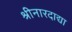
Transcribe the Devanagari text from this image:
श्रीनारदाद्या